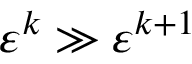
\varepsilon ^ { k } \gg \varepsilon ^ { k + 1 }